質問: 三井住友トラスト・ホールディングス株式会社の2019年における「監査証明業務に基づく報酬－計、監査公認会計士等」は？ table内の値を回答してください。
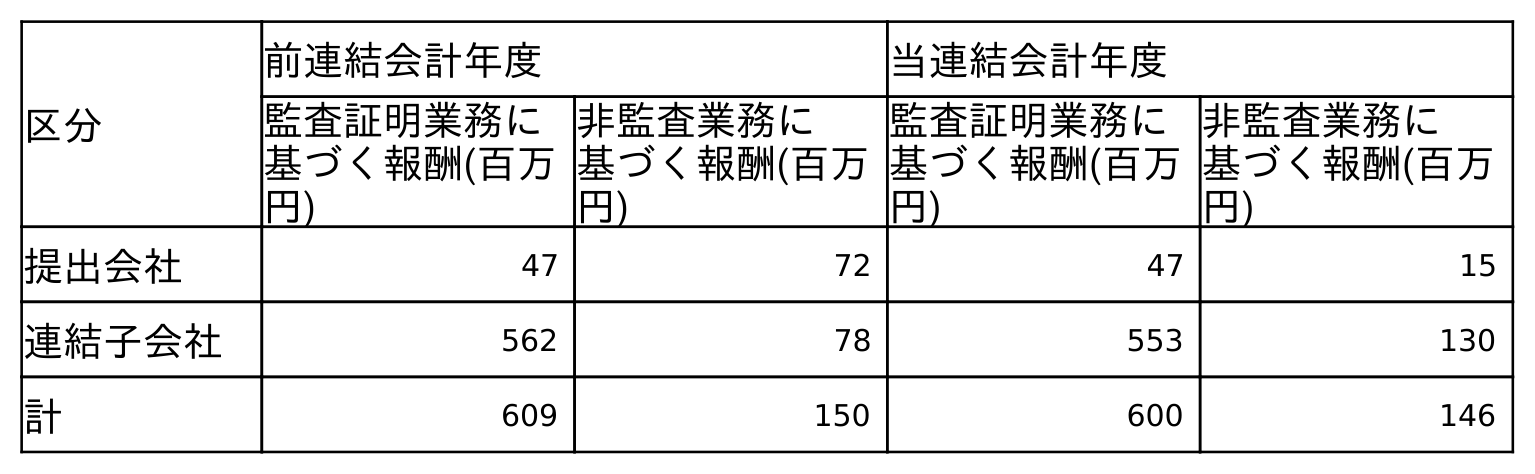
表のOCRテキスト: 区分 前連結会計年度 当連結会計年度 監査証明業務に 基づく報酬(百万 円) 非監査業務に 基づく報酬(百万 円) 監査証明業務に 基づく報酬(百万 円) 非監査業務に 基づく報酬(百万 円) 提出会社 47 72 47 15 連結子会社 562 78 553 130 計 609 150 600 146
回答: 609